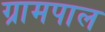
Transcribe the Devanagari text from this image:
ग्रामपाल